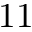
1 1